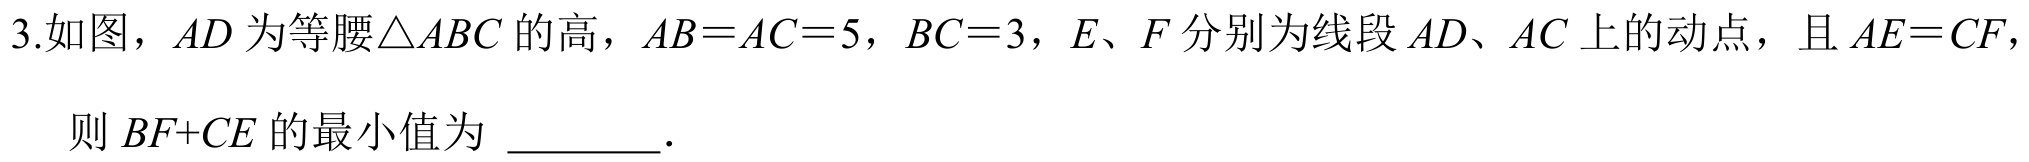
3.如图，$AD$为等腰$\triangle ABC$的高，$AB = AC = 5$，$BC = 3$，$E、F$分别为线段$AD、AC$上的动点，且$AE = CF$，
则$BF + CE$的最小值为 ________．